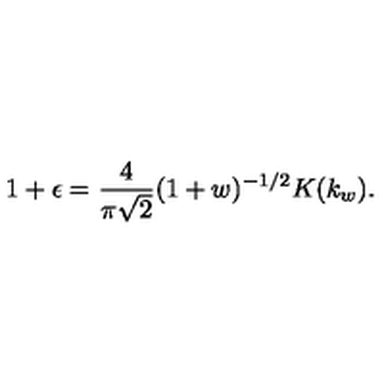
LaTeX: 1 + \epsilon = \frac { 4 } { \pi \sqrt { 2 } } ( 1 + w ) ^ { - 1 / 2 } K ( k _ { w } ) .